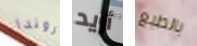
روندا أريد بالطبع